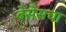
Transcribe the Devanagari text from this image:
बेसेसचा